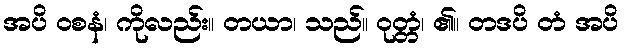
အပိ ဝစနံ၊ ကိုလည်း။ တယာ၊ သည်။ ဝုတ္တံ၊ ၏။ တဒပိ တံ အပိ